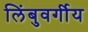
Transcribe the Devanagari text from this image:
लिंबुवर्गीय